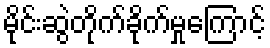
မိုင်းဆွဲတိုက်ခိုက်မှုကြောင့်